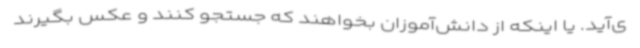
ی‌آید. یا اینکه از دانش‌آموزان بخواهند که جستجو کنند و عکس بگیرند